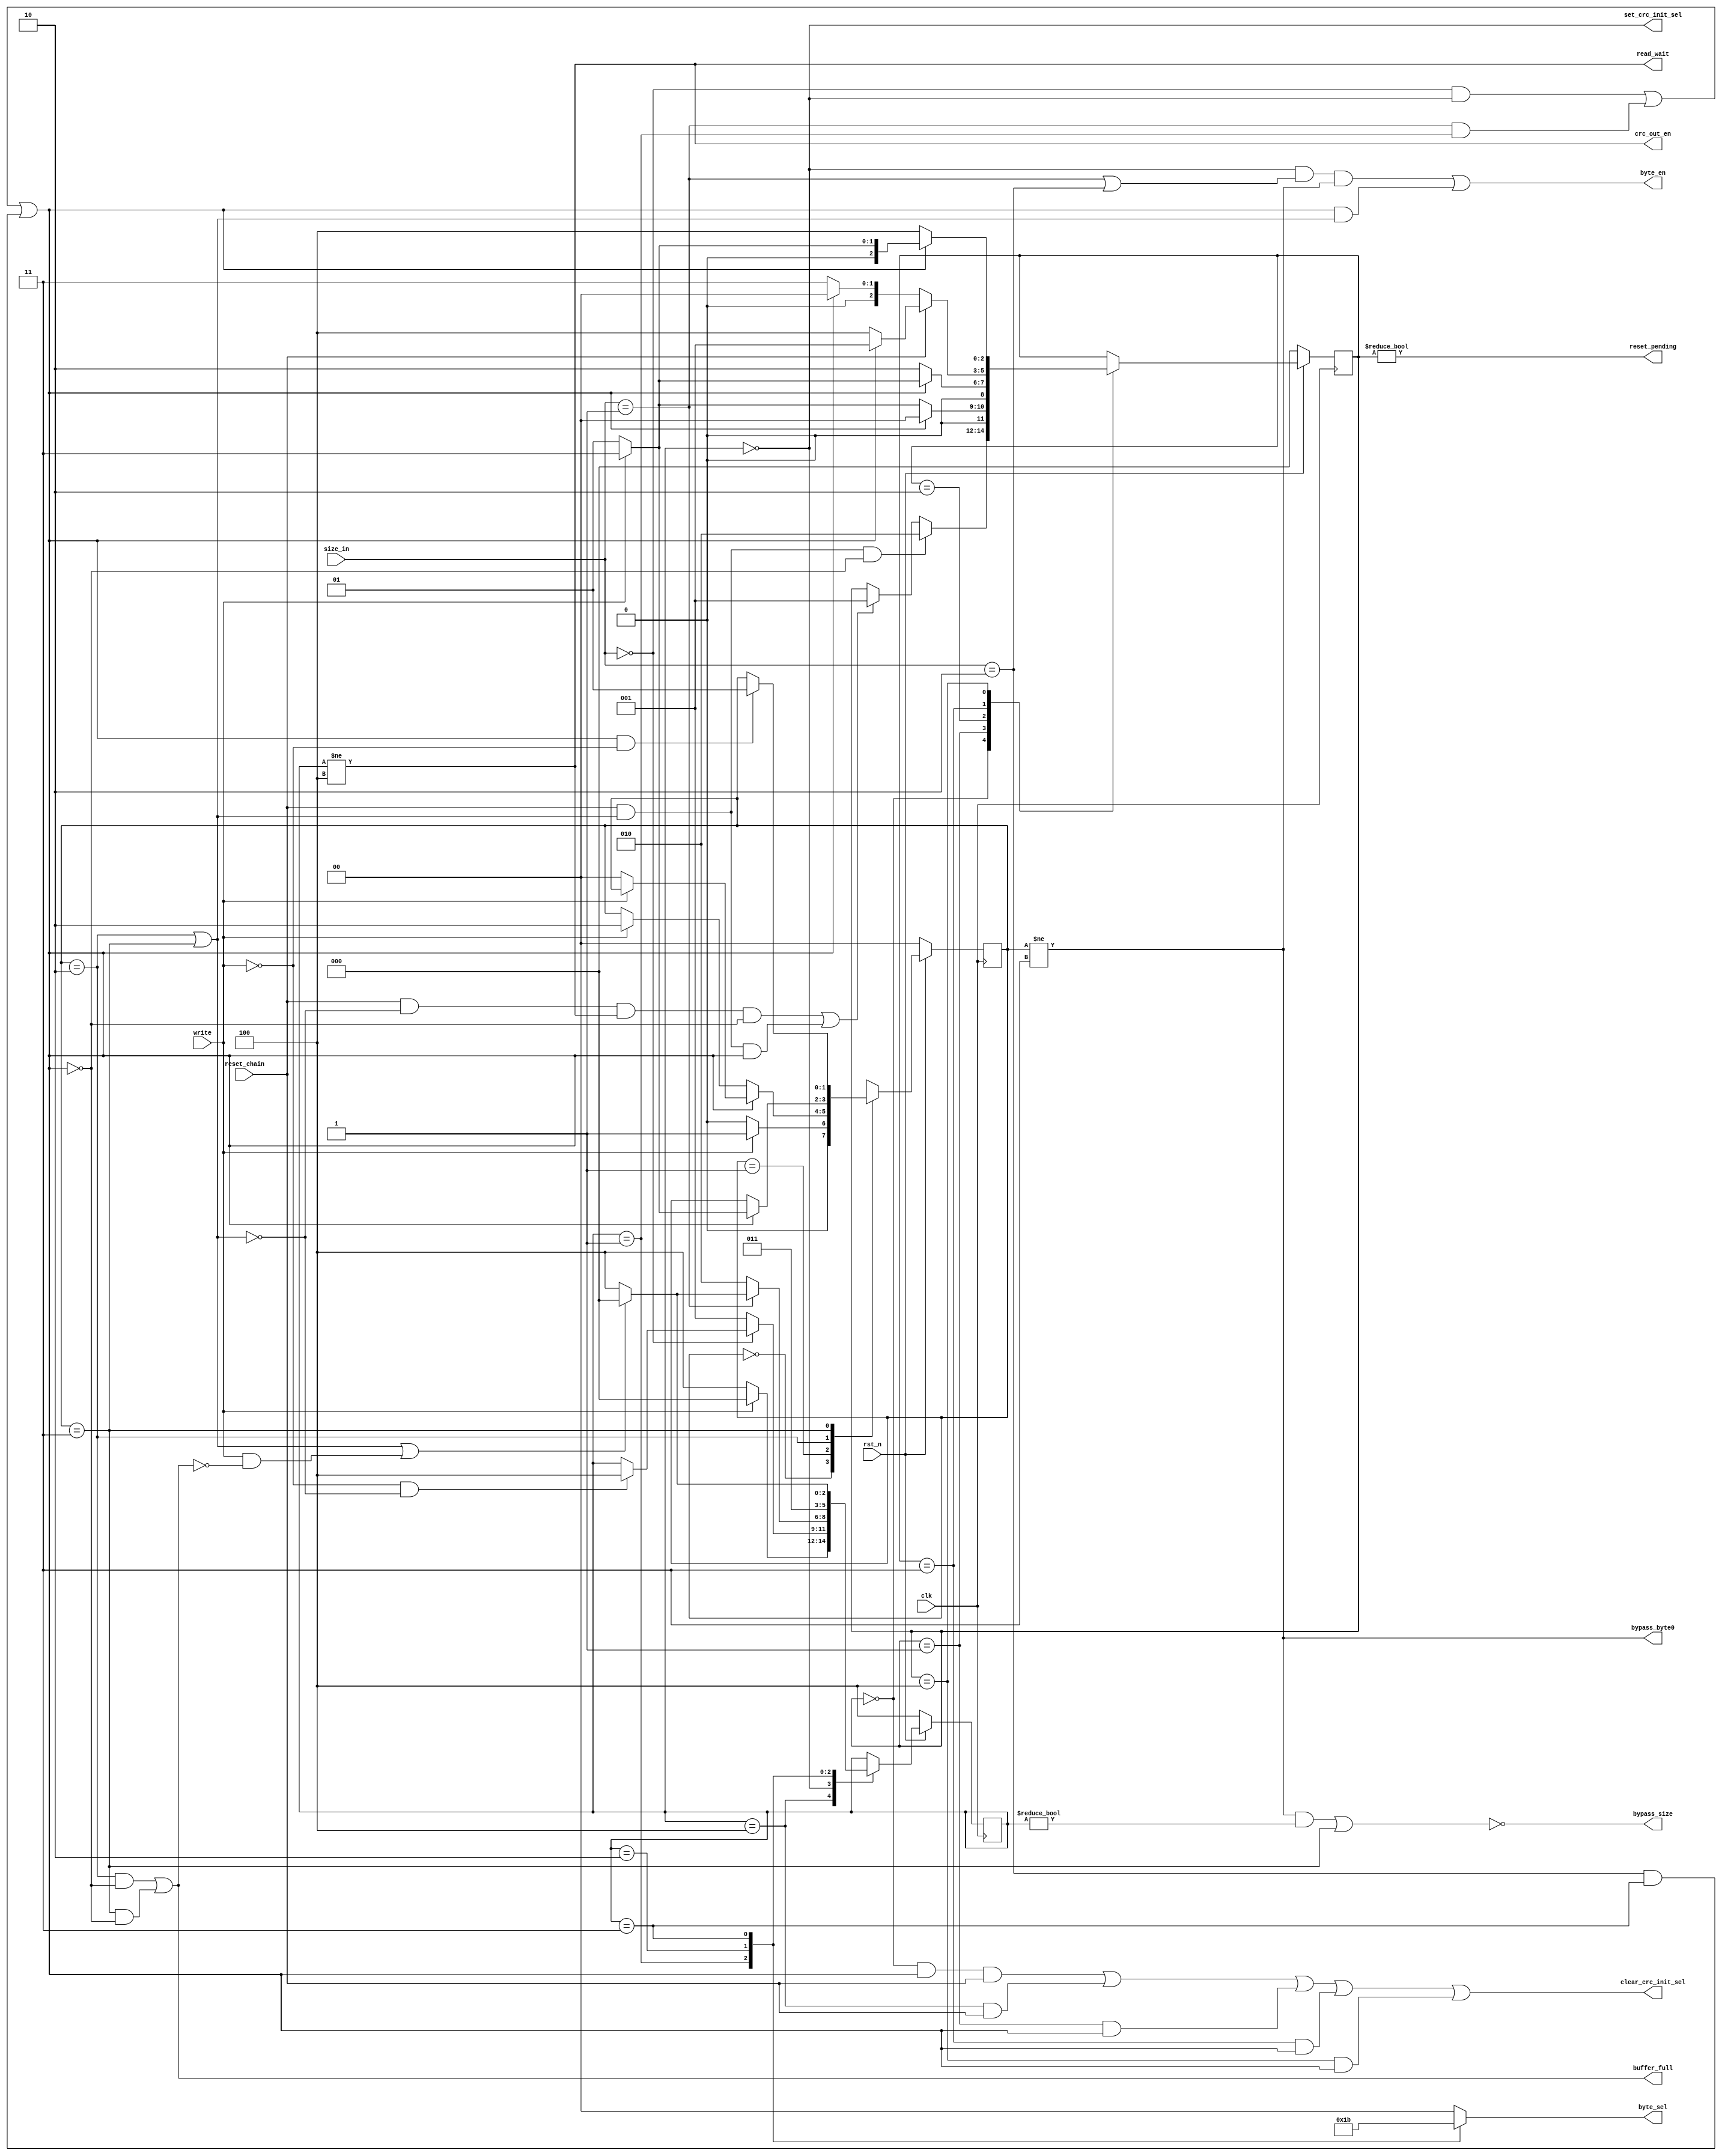
//////////////////////////////////////////////////////////////////
////
////
//// 	CRCAHB CORE BLOCK
////
////
////
//// This file is part of the APB to I2C project
////
//// http://www.opencores.org/cores/apbi2c/
////
////
////
//// Description
////
//// Implementation of APB IP core according to
////
//// crcahb IP core specification document.
////
////
////
//// To Do: Things are right here but always all block can suffer changes
////
////
////
////
////
//// Author(s): -  Julio Cesar 
////
///////////////////////////////////////////////////////////////// 
////
////
//// Copyright (C) 2009 Authors and OPENCORES.ORG
////
////
////
//// This source file may be used and distributed without
////
//// restriction provided that this copyright statement is not
////
//// removed from the file and that any derivative work contains
//// the original copyright notice and the associated disclaimer.
////
////
//// This source file is free software; you can redistribute it
////
//// and/or modify it under the terms of the GNU Lesser General
////
//// Public License as published by the Free Software Foundation;
//// either version 2.1 of the License, or (at your option) any
////
//// later version.
////
////
////
//// This source is distributed in the hope that it will be
////
//// useful, but WITHOUT ANY WARRANTY; without even the implied
////
//// warranty of MERCHANTABILITY or FITNESS FOR A PARTICULAR
////
//// PURPOSE. See the GNU Lesser General Public License for more
//// details.
////
////
////
//// You should have received a copy of the GNU Lesser General
////
//// Public License along with this source; if not, download it
////
//// from http://www.opencores.org/lgpl.shtml
////
////
///////////////////////////////////////////////////////////////////

module crc_control_unit
(
 //OUTPUTS
 output reg [1:0] byte_sel,
 output bypass_byte0,
 output buffer_full,
 output read_wait,
 output bypass_size,
 output set_crc_init_sel,
 output clear_crc_init_sel,
 output crc_out_en,
 output byte_en,
 output reset_pending,
 //INPUTS
 input [1:0] size_in,
 input write,
 input reset_chain,
 input clk,
 input rst_n
);

//States definition for state_full
localparam EMPTY   = 2'b00;
localparam WRITE_1 = 2'b01;
localparam WRITE_2 = 2'b10;
localparam BYPASS  = 2'b11;

//States definition for state_byte
localparam IDLE   = 3'b100;
localparam BYTE_0 = 3'b000;
localparam BYTE_1 = 3'b001;
localparam BYTE_2 = 3'b010;
localparam BYTE_3 = 3'b011;

//States definition for state_reset
localparam NO_RESET = 3'b000;
localparam RESET    = 3'b001;
localparam WAIT     = 3'b010;
localparam WRITE    = 3'b011;
localparam RESET_2  = 3'b100;

//Coding for size signal
localparam BYTE      = 2'b00;
localparam HALF_WORD = 2'b01;
localparam WORD      = 2'b10;

//Flops Definition
reg [1:0] state_full;
reg [2:0] state_byte;
reg [2:0] state_reset;

//Internal signals
reg [1:0] next_state_full;
reg [2:0] next_state_byte;
reg [2:0] next_state_reset;

wire last_byte;
wire has_data;


//FSM for management of writes in the input buffers 
//Definition of state register
always @(posedge clk)
 begin
  if(!rst_n)
   state_full <= EMPTY;
  else
   state_full <= next_state_full;
 end

//This signal indicates that the last byte is in processing
assign last_byte = (size_in == BYTE      && state_byte == BYTE_0) ||
                   (size_in == HALF_WORD && state_byte == BYTE_1) ||
                   (size_in == WORD      && state_byte == BYTE_3) ;

//Next state Logic
always @(*)
 begin
  next_state_full = state_full;
  case(state_full)
   EMPTY  : next_state_full = (write) ? WRITE_1 : EMPTY;
   WRITE_1: 
    begin
     if(last_byte)
      begin
       if(!write)
        next_state_full = EMPTY;
      end
     else
      begin
       if(write)
        next_state_full = WRITE_2;
      end
    end
   WRITE_2:
    begin
     if(last_byte)
      next_state_full = (write) ? BYPASS : WRITE_1;
    end
   BYPASS :
    begin
     if(last_byte && !write)
      next_state_full = WRITE_1;
    end
  endcase
 end

//The flag full indicates that buffer is full and any attempt of writing must wait
assign buffer_full = (state_full == WRITE_2 && !last_byte) ||
                     (state_full == BYPASS  && !last_byte);

assign read_wait = (state_byte != IDLE);

//This signal controls the selection of the byte0 
//When bypass_byte0 = 1 the input of byte_ff is taken
//Otherwise, its output is taken
assign bypass_byte0 = (state_full != BYPASS); 

//This signal indicates that there are data in the second position of the buffer
assign has_data = (state_full == WRITE_2) ||
                  (state_full == BYPASS ) ;


//FSM for management of readings in the buffer
//Definition of state register
always @(posedge clk)
 begin
  if(!rst_n)
   state_byte <= IDLE;
  else
   state_byte <= next_state_byte;
 end

always @(*)
 begin
  next_state_byte = state_byte;
  case(state_byte)
   IDLE: next_state_byte = (write) ? BYTE_0 : IDLE;
   BYTE_0:
    begin
     if(size_in == BYTE)
      begin
       if(!write && !has_data)
        next_state_byte = IDLE;
      end
     else
      begin
       next_state_byte = BYTE_1;
      end
    end
   BYTE_1:
    begin
     if(size_in == HALF_WORD)
      begin
       if(has_data || (write && !buffer_full))
        next_state_byte = BYTE_0;
       else
        next_state_byte = IDLE;
      end
     else
      begin
       next_state_byte = BYTE_2;
      end
    end
   BYTE_2:
    begin
     next_state_byte = BYTE_3;
    end
   BYTE_3:
    begin
     if(has_data || (write && !buffer_full))
      next_state_byte = BYTE_0;
     else
      next_state_byte = IDLE;
    end
  endcase
 end

//The signal byte_sel controls the number of byte that will be processed by CRC Unit
always @(*)
 begin
  byte_sel = 2'b00;
  case(state_byte)
   BYTE_0: byte_sel = BYTE_0;
   BYTE_1: byte_sel = BYTE_1;
   BYTE_2: byte_sel = BYTE_2;
   BYTE_3: byte_sel = BYTE_3;
  endcase
 end
//This signal controls the selection of the metadata size 
//When bypass_size = 1 the input of size_ff is taken
//Otherwise, its output is taken
assign bypass_size = !( (state_full != BYPASS && state_byte != BYTE_0) ||
                        (state_full == BYPASS)
                      );

//This signal enables the write in the crc_out register
assign crc_out_en = (state_byte != IDLE);

//
assign byte_en = (state_byte == BYTE_0 && (size_in == HALF_WORD || size_in == WORD) && state_full != BYPASS) ||
                 (last_byte && has_data);

//FSM for control of reset of chained operation
//Definition of state register
always @(posedge clk)
 begin
  if(!rst_n)
   state_reset <= NO_RESET;
  else
   state_reset <= next_state_reset;
 end

always @(*)
 begin
  next_state_reset = state_reset;
  case(state_reset)
   NO_RESET:
    begin
     if((reset_chain && !has_data && state_byte != IDLE && !last_byte) || (reset_chain && has_data && last_byte))
      next_state_reset = RESET;
     if(reset_chain  && has_data && !last_byte)
      next_state_reset = WAIT;
    end
   RESET:
    begin
     if(last_byte)
      next_state_reset = NO_RESET;
     else
      next_state_reset = (write) ? WRITE : RESET;
    end
   WAIT:
    begin
     if(last_byte)
      next_state_reset = (write) ? WRITE : RESET;
     else
      next_state_reset = WAIT;
    end
   WRITE:
    begin
     if(reset_chain)
      next_state_reset = (last_byte) ? RESET : RESET_2;
     else
      next_state_reset = (last_byte) ? NO_RESET : WRITE;
    end
   RESET_2:
    begin
     if(last_byte)
      next_state_reset = (write) ? WRITE : RESET;
     else
      next_state_reset = RESET_2;
    end
  endcase
 end

//This signal set the crc_init_sel flop
//When seted this flop turn on the chained operation of crc 
assign set_crc_init_sel = (state_byte == BYTE_0);

//This signal clear the crc_init_sel
//The clear get priority over set
assign clear_crc_init_sel = (state_reset == NO_RESET && last_byte && reset_chain) ||
                            (state_byte  == IDLE     && reset_chain             ) ||
                            (state_reset == RESET    && last_byte               ) ||
                            (state_reset == WRITE    && last_byte               ) ||
                            (state_reset == RESET_2  && last_byte               ) ;

assign reset_pending = (state_reset != NO_RESET);

endmodule